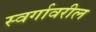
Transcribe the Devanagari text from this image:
स्वर्गावरील